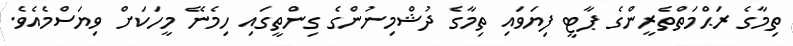
ތިމާގެ ރަޙްމަތްތެރީންގެ ޕާޓީ ފިޔަވައި ތިމާގެ ދުޝްމިނުންގެ ގިންތީގައި ހިމެނޭ މީހަކަށް ވިޔަސްމެއެވެ.